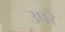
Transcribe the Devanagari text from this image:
उपरें